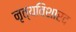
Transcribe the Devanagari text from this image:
नृत्यविशारद